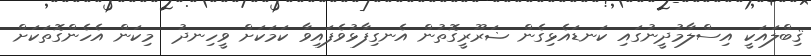
ޤިބްލައަކީ އިސްލާމުދީނުގައި ކަނޑައެޅިގެން ޟަރޫރީގޮތުން އެނގިފާޅުވެފައިވާ ކަމަކަށް ވީހިނދު  މިކަން އެހެންގޮތަކަށް